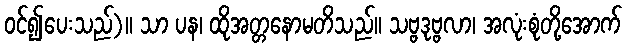
ဝင်၍ပေးသည်)။ သာ ပန၊ ထိုအတ္တနောမတိသည်။ သဗ္ဗဒုဗ္ဗလာ၊ အလုံးစုံတို့အောက်